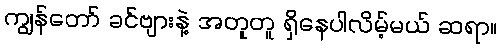
ကျွန်တော် ခင်ဗျားနဲ့ အတူတူ ရှိနေပါလိမ့်မယ် ဆရာ။